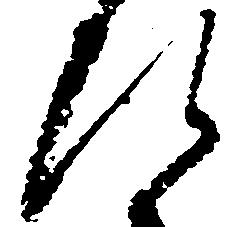
ひ